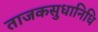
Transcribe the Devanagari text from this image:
ताजकसुधानिधि